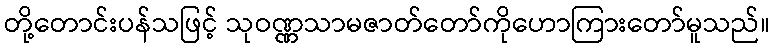
တို့တောင်းပန်သဖြင့် သုဝဏ္ဏသာမဇာတ်တော်ကိုဟောကြားတော်မူသည်။